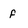
Character: f